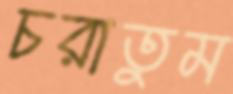
চরাতুম